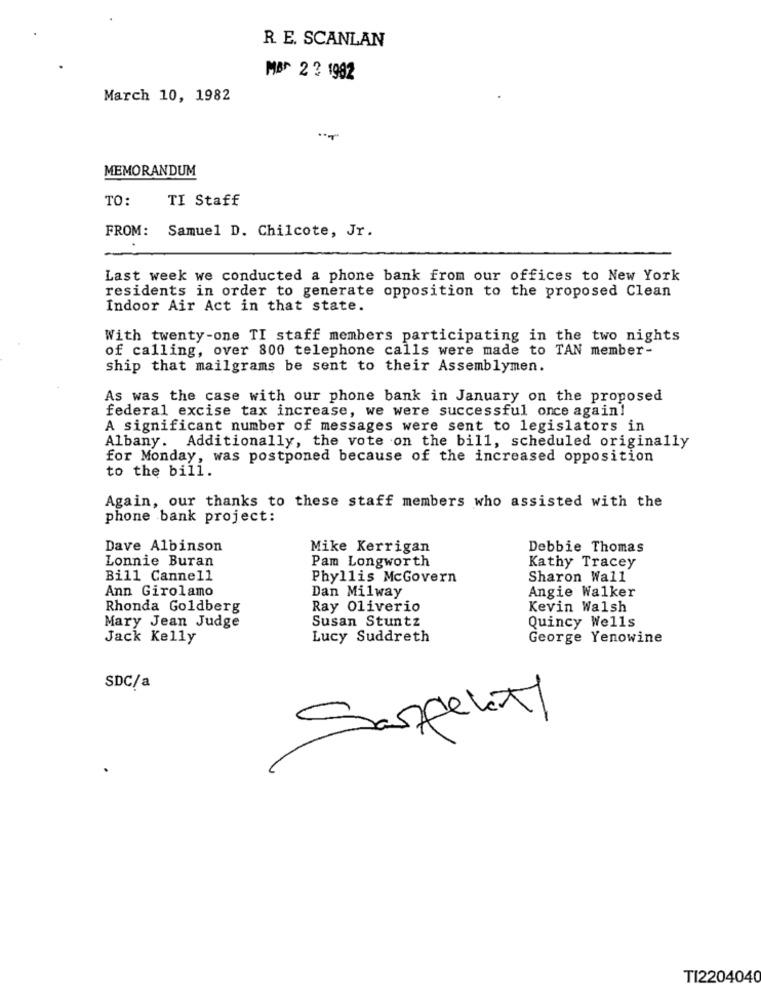
R. E. SCANLAN
MB^ 2 3 1982
March 10, 1982
MEMORANDUM
TO:
TI Staff
FROM:
Samuel D. Chilcote, Jr.
Last week we conducted a phone bank from our offices to New York
residents in order to generate opposition to the proposed Clean
Indoor Air Act in that state.
With twenty-one TI staff members participating in the two nights
of calling, over 800 telephone calls were made to TAN member-
ship that mailgrams be sent to their Assemblymen.
As was the case with our phone bank in January on the proposed
federal excise tax increase, we were successful once again!
A significant number of messages were sent to legislators in
Albany. Additionally, the vote on the bill, scheduled originally
for Monday, was postponed because of the increased opposition
to the bill.
Again, our thanks to these staff members who assisted with the
phone bank project:
Dave Albinson
Mike Kerrigan
Debbie Thomas
Lonnie Buran
Pam Longworth
Kathy Tracey
Bill Cannell
Phyllis McGovern
Sharon Wall
Ann Girolamo
Dan Milway
Angie Walker
Rhonda Goldberg
Ray Oliverio
Kevin Walsh
Susan Stuntz
Mary Jean Judge
Quincy Wells
Jack Kelly
Lucy Suddreth
George Yenowine
SDC/a
Sanpelety
TI2204040